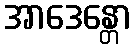
အာဒေန္တော